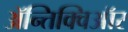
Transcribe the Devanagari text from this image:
ॲन्तिक्विऑर